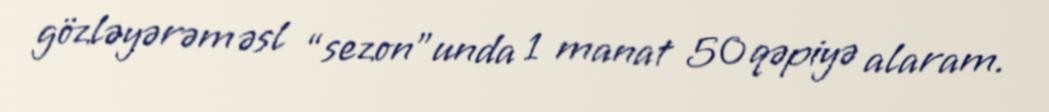
gözləyərəm əsl “sezon”unda 1 manat 50 qəpiyə alaram.